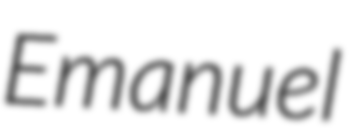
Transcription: Emanuel